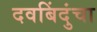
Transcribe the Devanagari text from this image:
दवबिंदुंचा